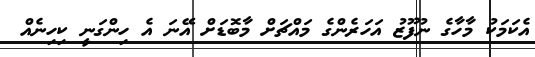
އެކަމަކު މާހާގެ ނުފޫޒު އަހަރެންގެ މައްޗަށް މާބޮޑަށް އޭނަ އެ ހިންގަނީ ކިހިނެއް